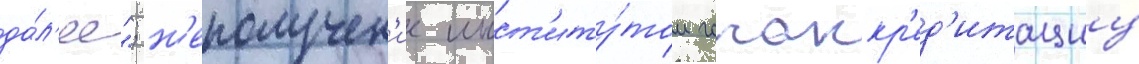
да́л'ее"; н'еполучен'ие инст'иту́том госаккр'ед'итациу